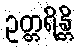
ဥတ္တရိန္တိ